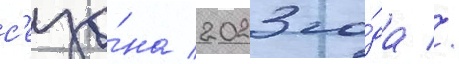
с'езо́на 2023 го́да //